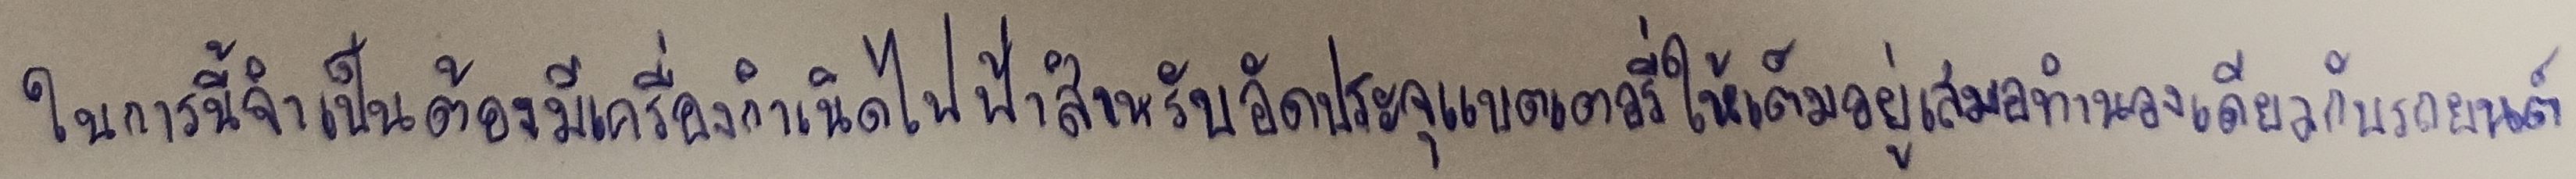
ในการนี้จำเป็นต้องมีเครื่องกำเนิดไฟฟ้าสำหรับอัดประจุแบตเตอรี่ให้เต็มอยู่เสมอทำนองเดียวกับรถยนต์